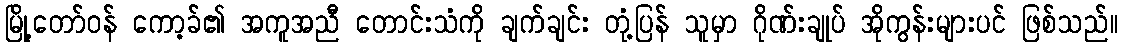
မြို့တော်ဝန် ကော့ခ်၏ အကူအညီ တောင်းသံကို ချက်ချင်း တုံ့ပြန် သူမှာ ဂိုဏ်းချုပ် အိုကွန်းများပင် ဖြစ်သည်။